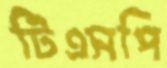
টিএসপি